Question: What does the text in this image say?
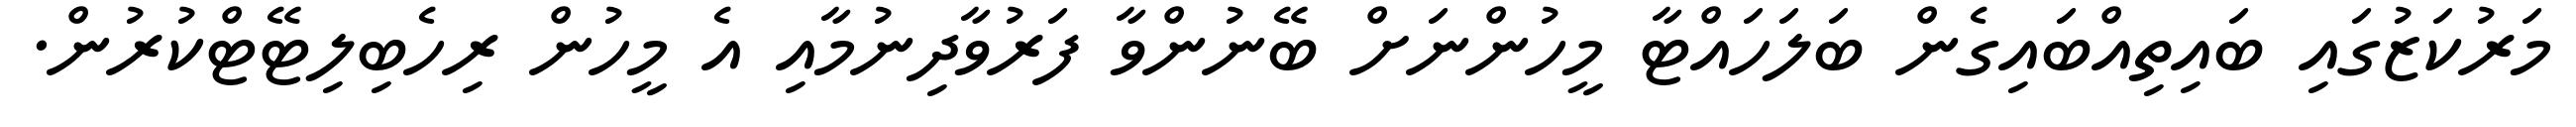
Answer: މަރުކަޒުގައި ބައިތިއްބައިގެން ބަލަހައްޓާ މީހުންނަށް ބޭނުންވާ ފަރުވާދިނުމާއި އެ މީހުން ރިހެބިލިޓޭޓްކުރުން.